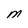
Character: M